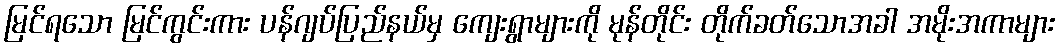
မြင်ရသော မြင်ကွင်းကား ပန်ဂျပ်ပြည်နယ်မှ ကျေးရွာများကို မုန်တိုင်း တိုက်ခတ်သောအခါ အမိုးအကာများ